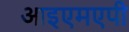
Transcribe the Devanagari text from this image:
आइएमएपी